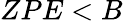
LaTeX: ZPE<B